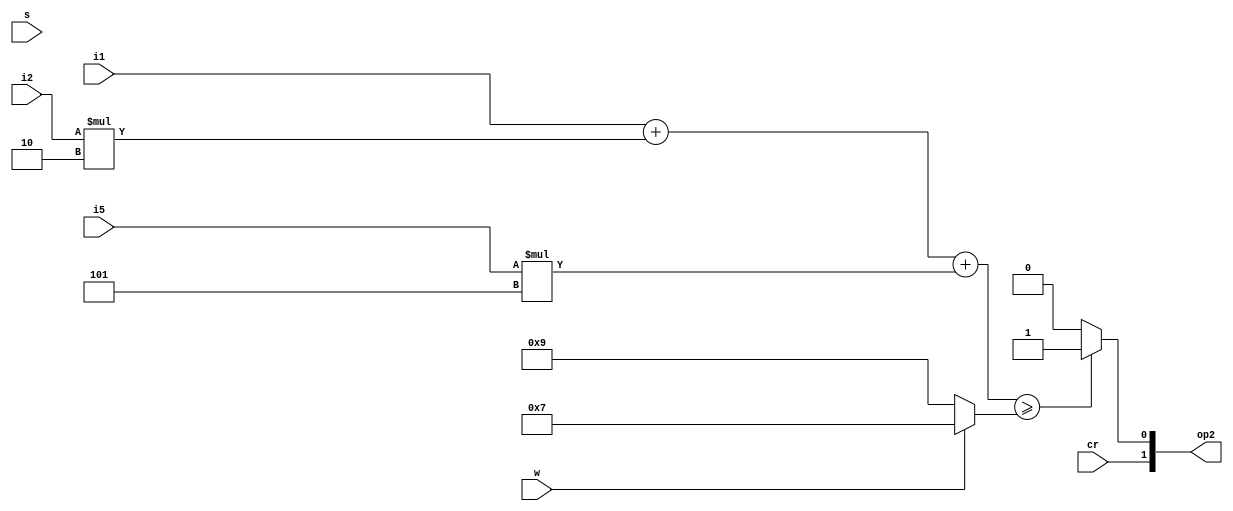
module pay(w, s, cr, i1, i2, i5, op2);
input w, s, cr;
input [3:0]i1, i2, i5;
output reg [1:0]op2;
reg [3:0]pri, in;

always @(*) begin
	if (w == 1) //gan gia cho loai nuoc duoc chon
	pri = 7;
	else if (s == 1)
	pri = 9;
	in = i1 + i2*2 + i5*5;
	if (in >= pri)
	op2 = {cr, 1'b1};
	else op2 = {cr, 1'b0};
end

endmodule